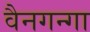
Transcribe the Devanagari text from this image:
वैनगन्गा